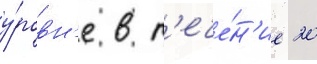
у́ровн'е в т'ече́н'ие 20